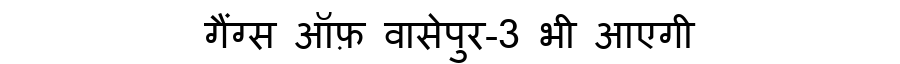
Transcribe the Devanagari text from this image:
गैंग्स ऑफ़ वासेपुर-3 भी आएगी